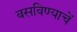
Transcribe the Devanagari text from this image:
बसविण्याचें